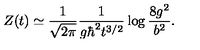
Z ( t ) \simeq { \frac { 1 } { \sqrt { 2 \pi } } } { \frac { 1 } { g \hbar ^ { 2 } t ^ { 3 / 2 } } } \log { \frac { 8 g ^ { 2 } } { b ^ { 2 } } } .